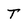
Character: T